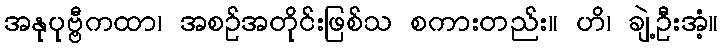
အနုပုဗ္ဗီကထာ၊ အစဉ်အတိုင်းဖြစ်သ စကားတည်း။ ဟိ၊ ချဲ့ဦးအံ့။